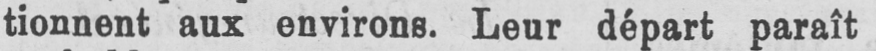
tionnent aux environs. Leur départ paraît